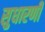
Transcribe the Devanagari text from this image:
सुधारणी